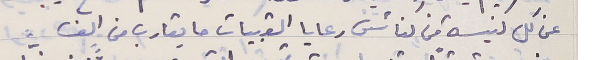
عن كل كنيسة من كنائس رعايا القبيات ما يقارب من الف